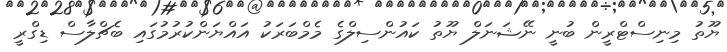
ޔޫތު މިނިސްޓްރީން ބުނީ ނޭޝަނަލް ޔޫތު ކައުންސިލްގެ މެމްބަރަކު އައްޔަންކުރުމުގައި ބެޗްލާސް ޑިގްރީ